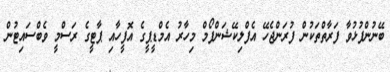
ބޭނުންފުޅުވާ ފަރާތްތަކުން ފުރަންޖެހޭ އެފްލިކޭޝަންފޯމް މިހާރު އެމްޑީޕީގެ އޮފީހާއި ޕާޓީގެ ރަސްމީ ވެބްސައިޓުން